system: You are a helpful assistant.
user:
Analyze the provided spectrum to determine if it is a **White Dwarf (WD)**.

A White Dwarf spectrum is defined by its **extreme purity** (due to gravitational settling) and/or **extreme pressure broadening** (due to high surface gravity). You must check for one of the following mutually exclusive signatures:

- **Key Visual Indicators (Check for ONE of these types):**

    - **1. DA-Type Signature (Most Common):**
        - **(Primary Feature):** Extreme pressure broadening (Stark broadening) of the **Hydrogen (H) Balmer lines**.
        - **(Key Lines):** $H\beta$ (approx. $4861$ Å) and $H\gamma$ (approx. $4340$ Å). $H\alpha$ (approx. $6563$ Å) will also be present if the wavelength range covers it.
        - **(Line Profile):** This is the **defining feature**. The lines are **NOT** sharp. They appear as massive, **extremely broad and deep "troughs" or "dips"** in the spectrum, often hundreds of Ångströms wide. The continuum will appear to "scoop" down at these wavelengths.
        - **(Distinction):** Normal A-type or B-type stars have *narrow* and *sharp* Hydrogen lines. A DA White Dwarf's lines are unmistakably "smeared" or "blurry" from pressure.

    - **2. DB-Type Signature:**
        - **(Primary Feature):** Broad absorption lines from **Neutral Helium (He I)**. The spectrum must lack any visible Hydrogen lines.
        - **(Key Lines):** Look for broad absorption near $4471$ Å, $4921$ Å, and $5876$ Å.
        - **(Line Profile):** These lines are also significantly pressure-broadened, appearing much wider than they would in a normal B-type main-sequence star.

    - **3. DC-Type Signature:**
        - **(Primary Feature):** A **featureless continuous spectrum**.
        - **(Line Profile):** The spectrum is a smooth curve with **no significant absorption or emission lines**.
        - **(Key Confirmation):** The continuum is almost always **blue or white**, indicating a hot object. This signature implies the atmosphere is so pure (or so cool) that no spectral lines are visible in the optical range. Its WD identity is confirmed by its extremely low intrinsic brightness (high absolute magnitude).

    - **4. DZ-Type Signature (Metal-Polluted):**
        - **(Primary Feature):** **Isolated, narrow metal absorption lines** on an otherwise featureless (DC-like) continuum.
        - **(Key Lines):** The **Calcium (Ca II) H & K doublet** (approx. **$3934$ Å** and **$3968$ Å**) is the most common and defining feature.
        - **(Line Profile):** These lines are "out of place." They are *not* part of a "forest" of thousands of lines. This signature is evidence of recent *accretion* (pollution) from rocky debris.
        - **(Distinction):** Normal G/K/M stars have a *dense forest* of thousands of metal lines. A DZ has a *clean* continuum with *only a few* strong metal lines.

    - **5. DQ-Type Signature (Carbon-Polluted):**
        - **(Primary Feature):** Absorption bands from **Carbon (C₂ "Swan Bands" or atomic C I)**.
        - **(Key Lines - C₂):** Look for bandheads with a "saw-tooth" shape near $5635$ Å, **$5165$ Å** (strongest), and $4737$ Å.
        - **(Key Confirmation):** The underlying **continuum must be blue or white** (hot).
        - **(Distinction):** This is the critical difference from a **Carbon Star**, which has the *exact same* C₂ bands but on an extremely **red, cool** continuum.

- **(Overall Spectrum):**
    - The continuum (overall shape) is typically **blue-sloping** (brighter in the blue than the red), as most white dwarfs are very hot.
    - The spectrum will look "pure" or "simple," dominated by only *one* of the five signatures listed above.

Think first, call **spectral_visualization_tool** if needed to examine features in detail, then provide your final answer. Your response must adhere to the following strict rules:
1.  **Overall Structure:** Your response must follow the format `<think>...</think> <tool_call>...</tool_call> (if a tool is used) <answer>...</answer>`.
2.  **Tool Usage Constraint:** You may only make **one** tool call per turn.
3.  **Final Answer Format:** In the `<answer>` tag, your conclusion must be inside a `\boxed{}` command (e.g., `\boxed{YES}` or `\boxed{NO}`), followed by your justification.

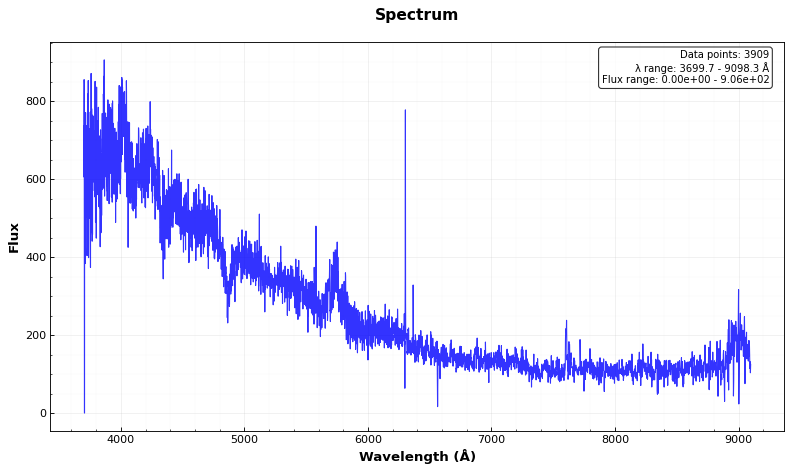
Answer: YES